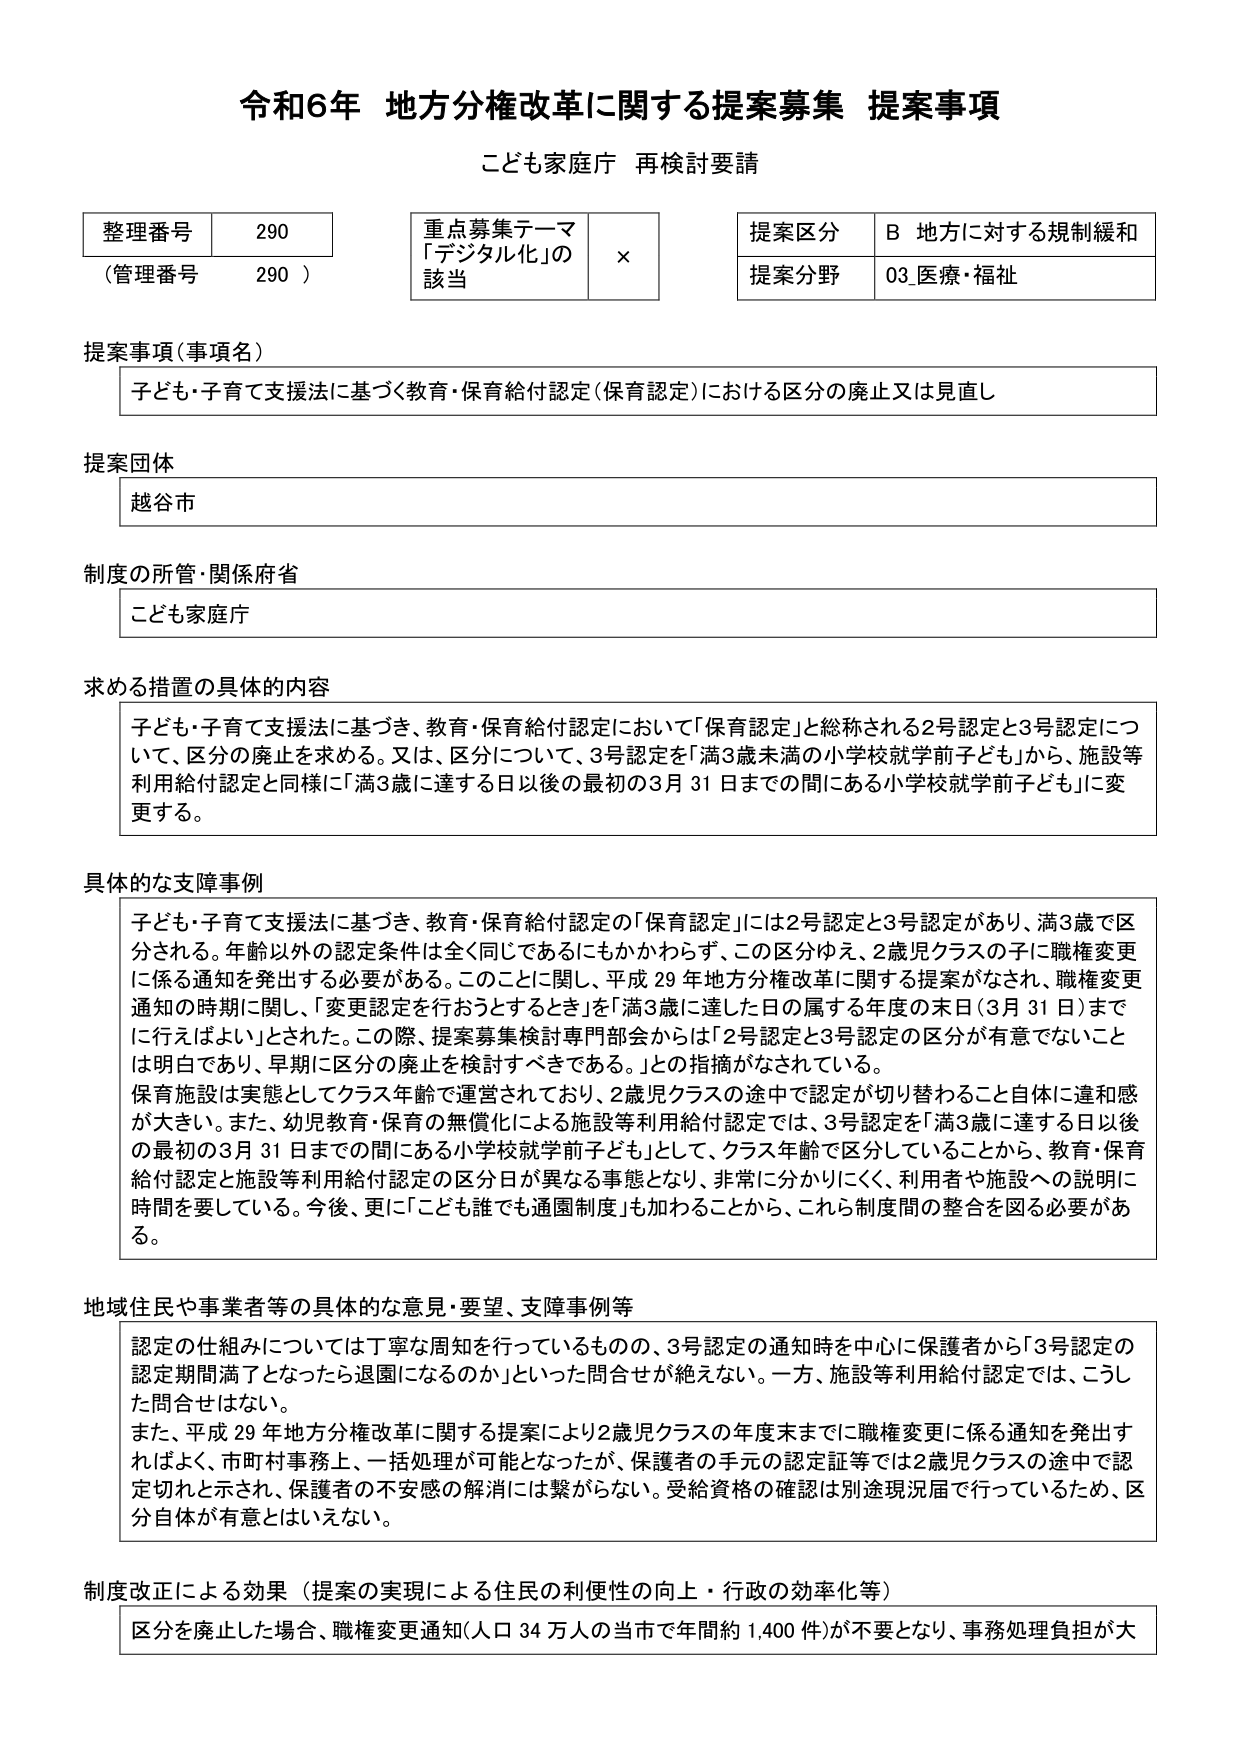
令和6年 地方分権改革に関する提案募集 提案事項
こども家庭庁 再検討要請

整理番号 290
（管理番号 290）

重点募集テーマ
「デジタル化」の
該当 ×

提案区分 B 地方に対する規制緩和
提案分野 03 医療・福祉

提案事項（事項名）
子ども・子育て支援法に基づく教育・保育給付認定（保育認定）における区分の廃止又は見直し

提案団体
越谷市

制度の所管・関係府省
こども家庭庁

求める措置の具体的内容
子ども・子育て支援法に基づき、教育・保育給付認定において「保育認定」と総称される2号認定と3号認定について、区分の廃止を求める。又は、区分について、3号認定を「満3歳未満の小学校就学前子ども」から、施設等利用給付認定と同様に「満3歳に達する日以後の最初の3月31日までの間にある小学校就学前子ども」に変更する。

具体的な支障事例
子ども・子育て支援法に基づき、教育・保育給付認定の「保育認定」には2号認定と3号認定があり、満3歳で区分される。年齢以外の認定条件は全く同じであるにもかかわらず、この区分ゆえ、2歳児クラスの子に職権変更に係る通知を発出する必要がある。このことに関して、平成29年地方分権改革に関する提案がなされ、職権変更通知の時期に関し、「変更認定を行おうとするとき」を「満3歳に達した日の属する年度の末日（3月31日）までに行えばよい」とされた。この際、提案募集検討専門部会からは「2号認定と3号認定の区分が有意でないことは明白であり、早期に区分の廃止を検討すべきである。」との指摘がなされている。
保育施設は実態としてクラス年齢で運営されており、2歳児クラスの途中で認定が切り替わること自体に違和感が大きい。また、幼児教育・保育の無償化による施設等利用給付認定では、3号認定を「満3歳に達する日以後の最初の3月31日までの間にある小学校就学前子ども」として、クラス年齢で区分していることから、教育・保育給付認定と施設等利用給付認定の区分日が異なる事態となり、非常に分かりにくく、利用者や施設への説明に時間を要している。今後、更に「こども誰でも通園制度」が加わることから、これら制度間の整合を図る必要がある。

地域住民や事業者等の具体的な意見・要望、支障事例等
認定の仕組みについては丁寧な周知を行っているものの、3号認定の通知時を中心に保護者から「3号認定の認定期間満了となったら退園になるのか」といった問合せが絶えない。一方、施設等利用給付認定では、こうした問合せはない。
また、平成29年地方分権改革に関する提案により2歳児クラスの年度末までに職権変更に係る通知を発出すればよく、市町村事務上、一括処理が可能となったが、保護者の手元の認定証等では2歳児クラスの途中で認定切れと示され、保護者の不安感の解消には繋がらない。受給資格の確認は別途現況届で行っているため、区分自体が有意とはいえない。

制度改正による効果（提案の実現による住民の利便性の向上・行政の効率化等）
区分を廃止した場合、職権変更通知（人口34万人の当市で年間約1,400件）が不要となり、事務処理負担が大